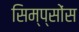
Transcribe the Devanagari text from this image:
सिम्प्सोंस